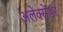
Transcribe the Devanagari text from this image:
अलेक्‍सेंडर